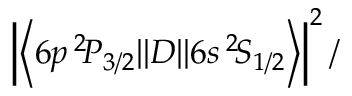
\left| \left\langle 6 p \, ^ { 2 } \! P _ { 3 / 2 } | | D | | 6 s \, ^ { 2 } \! S _ { 1 / 2 } \right\rangle \right| ^ { 2 } /